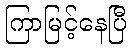
ကြာမြင့်နေပြီ